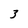
Character: 3